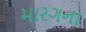
મારગના